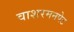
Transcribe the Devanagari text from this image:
वाशरमनपेट